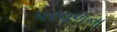
પરવળના